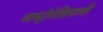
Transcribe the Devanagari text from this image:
आस्ट्रोनेशियायी